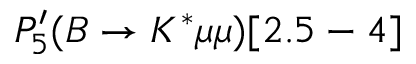
P _ { 5 } ^ { \prime } ( B \to K ^ { * } \mu \mu ) [ 2 . 5 - 4 ]